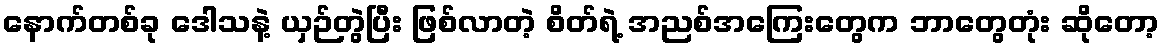
နောက်တစ်ခု ဒေါသနဲ့ ယှဉ်တွဲပြီး ဖြစ်လာတဲ့ စိတ်ရဲ့ အညစ်အကြေးတွေက ဘာတွေတုံး ဆိုတော့